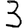
Digit: 3